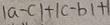
\vert a - c \vert + \vert c - b \vert + 1